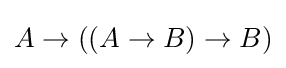
A\to ((A\to B)\to B)